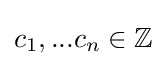
c_{1},...c_{n}\in \mathbb {Z}